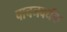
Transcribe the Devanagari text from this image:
पाचनवर्धक